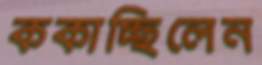
ককাচ্ছিলেন